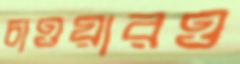
চাওয়ারও